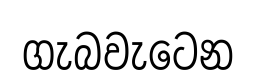
ගැබවැටෙන